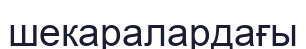
шекаралардағы